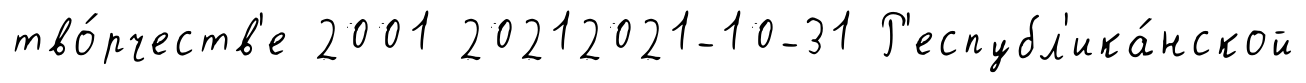
тво́рчеств'е 2001 20212021-10-31 Р'еспубл'ика́нской